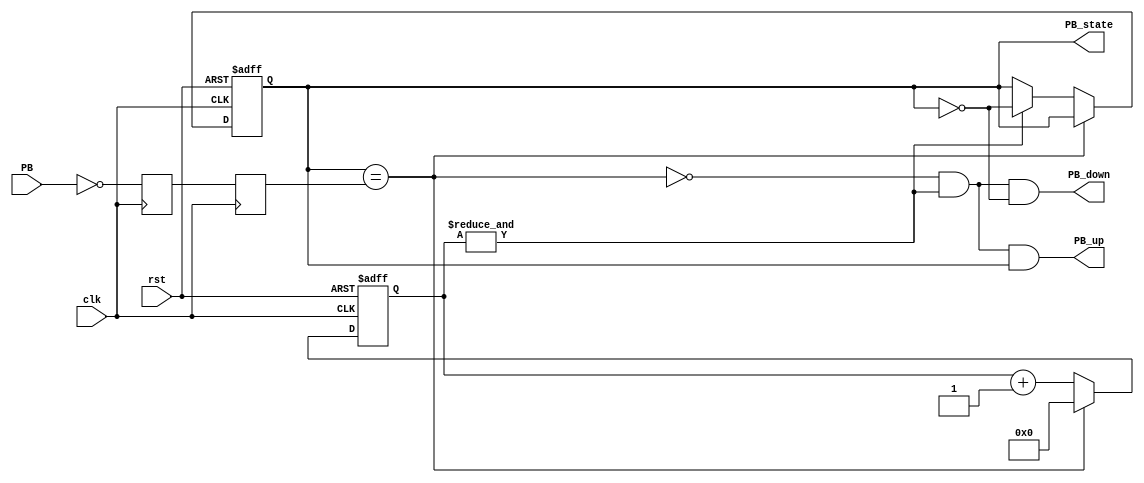
module debouncer_7(
    input clk,
    input rst,
    input PB,  
    output reg PB_state,  
    output PB_down,  
    output PB_up   
);
reg PB_sync_0;  always @(posedge clk) PB_sync_0 <= ~PB;  
reg PB_sync_1;  always @(posedge clk) PB_sync_1 <= PB_sync_0;
reg [15:0] PB_cnt;
wire PB_idle = (PB_state==PB_sync_1);
wire PB_cnt_max = &PB_cnt;	
always @(posedge clk or posedge rst) begin
if( rst ) begin
  PB_cnt   <= 16'h0;
  PB_state <= 1'b0;
end
else 
  if(PB_idle)
      PB_cnt <= 16'h0;  
  else
  begin
      PB_cnt <= PB_cnt + 1'd1;  
      if(PB_cnt_max) PB_state <= ~PB_state;  
  end
end
assign PB_down = ~PB_idle & PB_cnt_max & ~PB_state;
assign PB_up   = ~PB_idle & PB_cnt_max &  PB_state;
endmodule